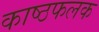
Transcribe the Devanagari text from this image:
काष्ठफलक